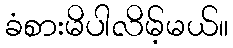
ခံစားမိပါလိမ့်မယ်။